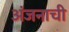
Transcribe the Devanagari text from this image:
अंजनाची